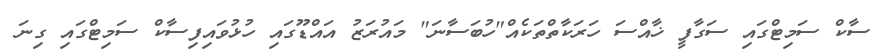
ސާކް ސަމިޓްގައި ސަގާފީ ޚާއްސަ ހަރަކާތްތަކެއް"ހުބަސާނަ" މައުރަޒު އައްޑޫގައި ހުޅުވައިފިސާކް ސަމިޓްގައި ގިނަ